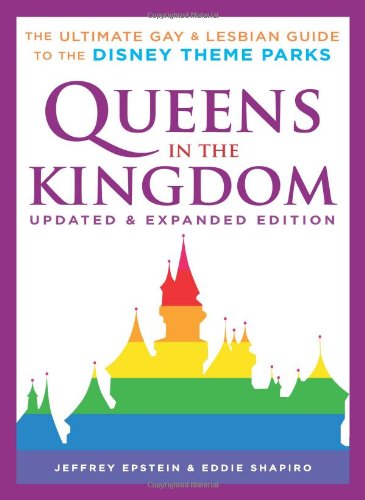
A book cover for Queens in the Kingdom: The Ultimate Gay and Lesbian Guide to the Disney Theme Parks; Jeffrey Epstein; Gay & Lesbian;